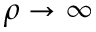
\rho \to \infty